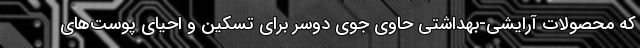
که محصولات آرایشی-بهداشتی حاوی جوی دوسر برای تسکین و احیای پوست‌های